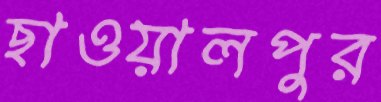
ছাওয়ালপুর